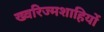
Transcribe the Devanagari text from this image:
ख्वरिज्मशाहियों